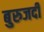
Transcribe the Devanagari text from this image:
बुरुजर्दी